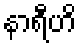
နာရီဟိ